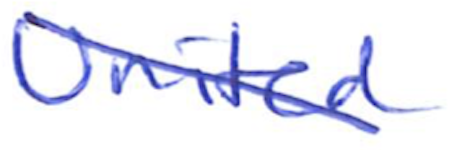
Text: United
Cross-out: mix
Writing tool: ballpoint